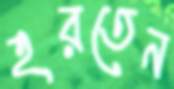
হরতেন